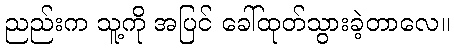
ညည်းက သူ့ကို အပြင် ခေါ်ထုတ်သွားခဲ့တာလေ။